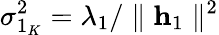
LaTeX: \sigma_{1_{K}}^{2}=\lambda_{1}/\parallel\mathbf{h}_{1}\parallel^{2}